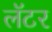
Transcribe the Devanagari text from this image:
लॅटर